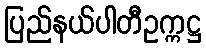
ပြည်နယ်ပါတီဥက္ကဋ္ဌ